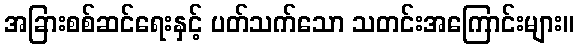
အခြားစစ်ဆင်ရေးနှင့် ပတ်သက်သော သတင်းအကြောင်းများ။